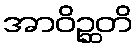
အာဝိဉ္ဆတိ